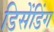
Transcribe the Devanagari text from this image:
डिसेंडिंग